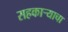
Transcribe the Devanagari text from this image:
सहकार्‍याचा